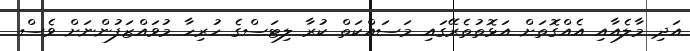
އަދި މާލެއާއި އެއްގޮތަށް އަޅޮތުތެރޭގައި މަސައްކަތް ކުރާ ލިޓަސްގެ ހުރިހާ މުވައްޒަފުންނަށް ވެސް